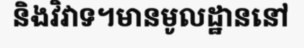
និងវិវាទ។មានមូលដ្ឋាននៅ